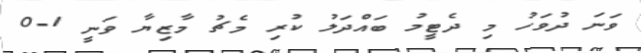
ވަނަ ދުވަހު މި ދެޓީމު ބައްދަލު ކުރި މެޗު މާޒިޔާ ވަނީ 1-0